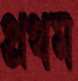
প্রথম